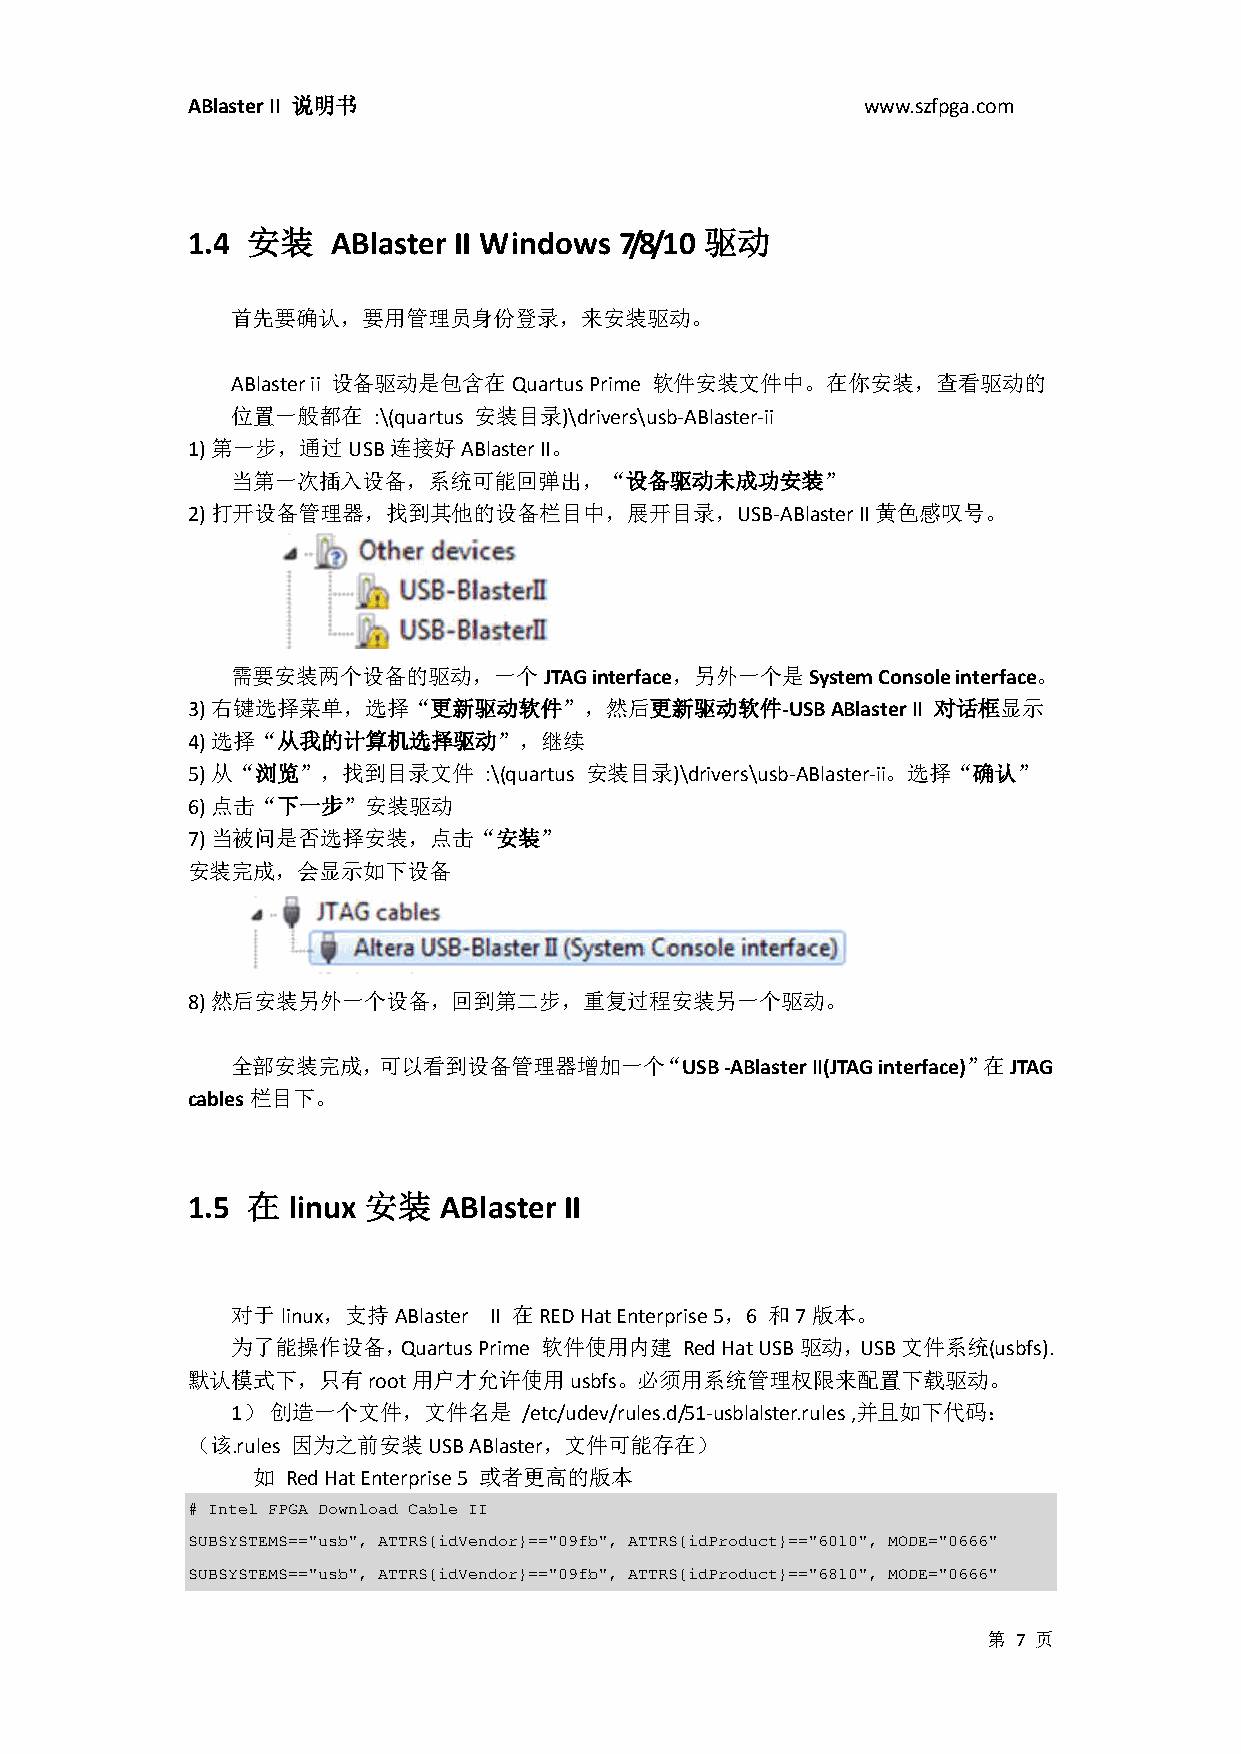
ABlaster II 说明书                              www.szfpga.com
 1.4 安装    ABlaster II Windows 7/8/10 驱动
 首先要确认，要用管理员身份登录，来安装驱动。
 ABlaster ii 设备驱动是包含在Quartus Prime 软件安装文件中。在你安装，查看驱动的
 位置一般都在    :\(quartus 安装目录)\drivers\usb-ABlaster-ii
 1) 第一步，通过USB连接好ABlaster II。
 当第一次插入设备，系统可能回弹出，“设备驱动未成功安装”
 2) 打开设备管理器，找到其他的设备栏目中，展开目录，USB-ABlaster      II黄色感叹号。
 需要安装两个设备的驱动，一个JTAG      interface，另外一个是System Console interface。
 3) 右键选择菜单，选择“更新驱动软件”，然后更新驱动软件-USB          ABlaster II 对话框显示
 4) 选择“从我的计算机选择驱动”，继续
 5) 从“浏览”，找到目录文件     :\(quartus 安装目录)\drivers\usb-ABlaster-ii。选择“确认”
 6) 点击“下一步”安装驱动
 7) 当被问是否选择安装，点击“安装”
 安装完成，会显示如下设备
 8) 然后安装另外一个设备，回到第二步，重复过程安装另一个驱动。
 全部安装完成，可以看到设备管理器增加一个“USB         -ABlaster II(JTAG interface)”在JTAG
 cables栏目下。
 1.5 在  linux 安装  ABlaster II
 对于linux，支持ABlaster II 在RED Hat Enterprise 5，6 和7版本。
 为了能操作设备，Quartus  Prime 软件使用内建 Red Hat USB驱动，USB文件系统(usbfs).
 默认模式下，只有root用户才允许使用usbfs。必须用系统管理权限来配置下载驱动。
 1） 创造一个文件，文件名是      /etc/udev/rules.d/51-usblalster.rules ,并且如下代码：
 （该.rules 因为之前安装USB ABlaster，文件可能存在）
 如 Red Hat Enterprise 5 或者更高的版本
 # Intel FPGA Download Cable II
 SUBSYSTEMS=="usb", ATTRS{idVendor}=="09fb", ATTRS{idProduct}=="6010", MODE="0666"
 SUBSYSTEMS=="usb", ATTRS{idVendor}=="09fb", ATTRS{idProduct}=="6810", MODE="0666"
 第 7 页